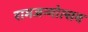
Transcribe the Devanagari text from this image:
रामजन्मोत्सव